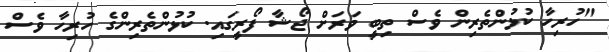
"ހުރިހާ ކުޅުންތެރިން ވެސް ތިބީ ވަރަށް ޖޯޝާ ފޯރީގައި. ކުޅުންތެރިންގެ ހުރިހާ ވެސް